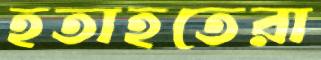
হতাহতেরা